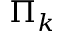
\Pi _ { k }